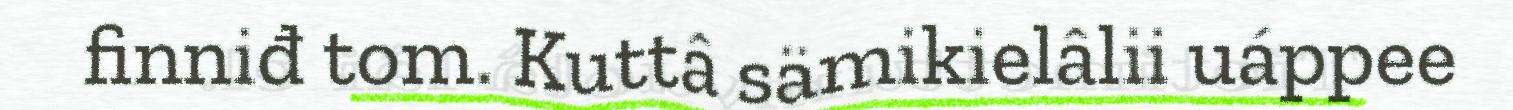
finniđ tom. Kuttâ sämikielâlii uáppee